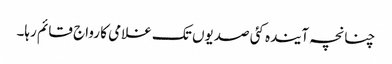
چنانچہ آیندہ کئی صدیوں تک غلامی کا رواج قائم رہا۔